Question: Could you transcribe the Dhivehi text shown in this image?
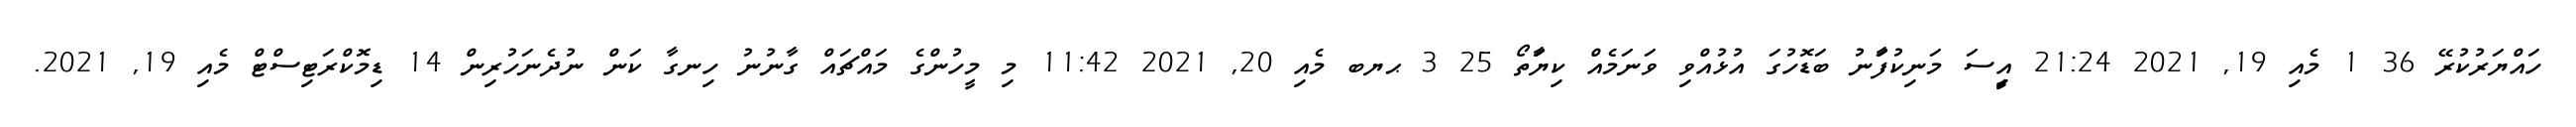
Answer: ހައްޔަރުކުރޭ 36 1 މެއި 19, 2021 21:24 އިީސަ މަނިކުފަާނު ބަޑޮހުގަ އުޅުއްވި ވަނަމެއް ކިޔަާތޯ 25 3 ޙޔބ މެއި 20, 2021 11:42 މި މީހުންގެ މައްޗައް ގާނުނު ހިނގާ ކަން ނުދެނަހުރިން 14 ޑިމޮކްރަޓިސްޓް މެއި 19, 2021.